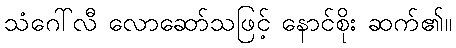
သံဂေါ်လီ လောဆော်သဖြင့် နောင်စိုး ဆက်၏။